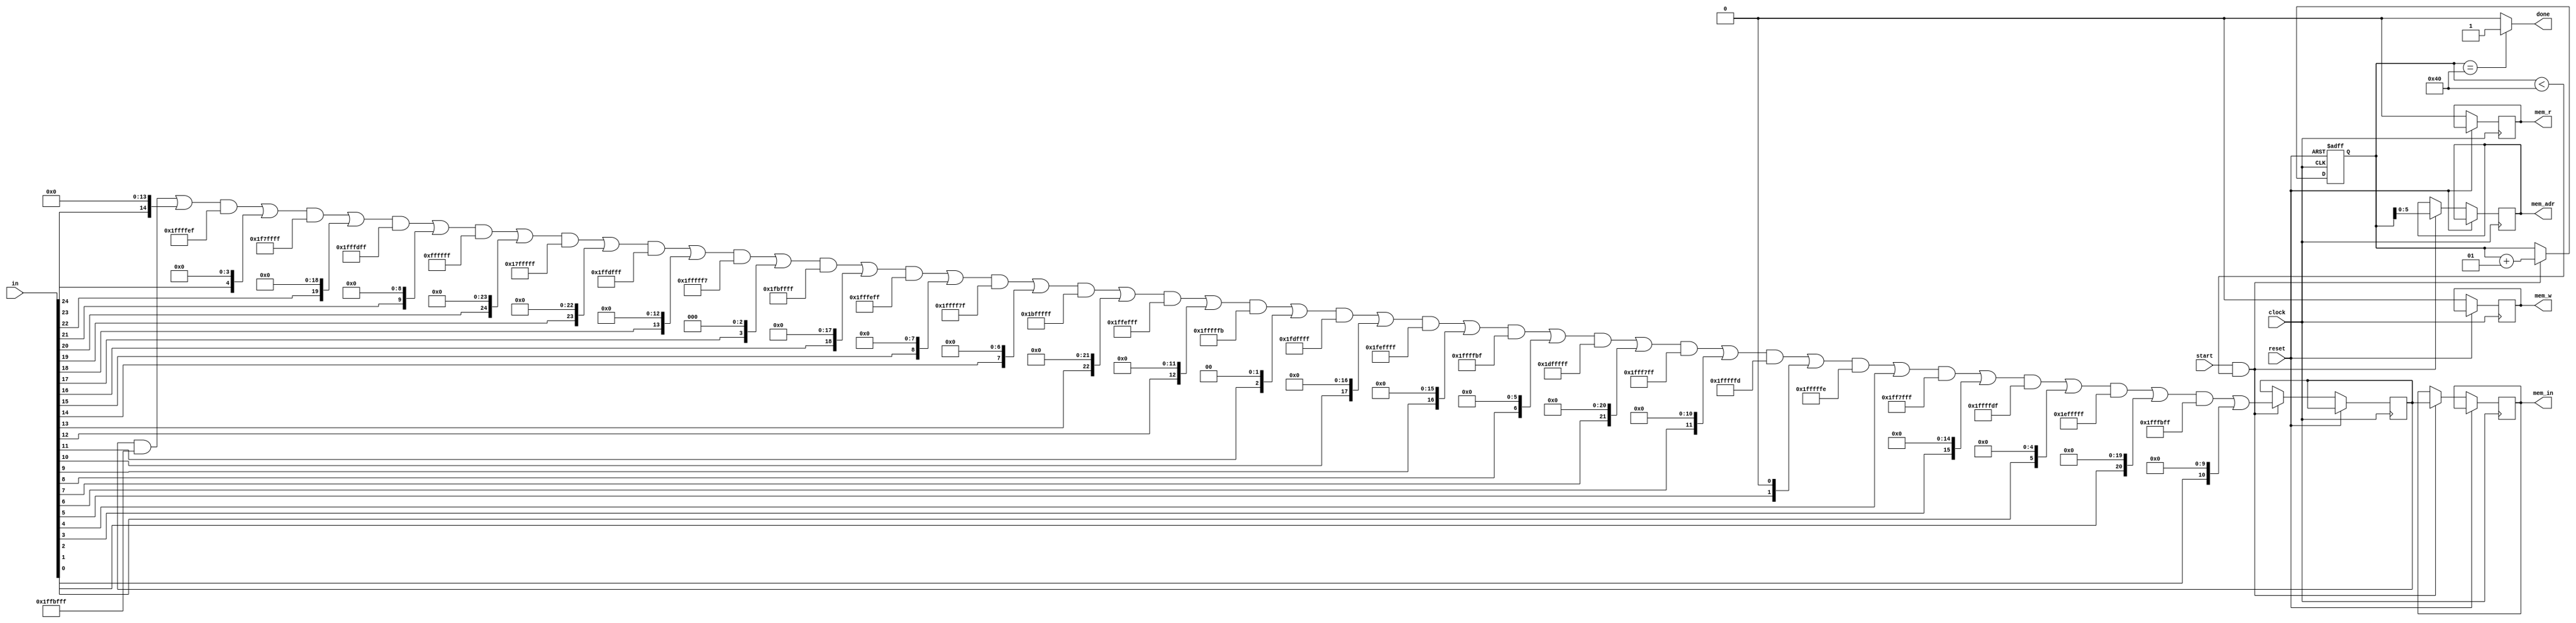
module Permute 
(
    input [0:24] in,
    input start,
    input clock,
    input reset,
    output reg done,
    output reg [5:0] mem_adr,
    output reg [0:24] mem_in,
    output reg mem_r,
    output reg mem_w
);

integer i, x, y, final_index, slice = 0;

reg [0:24] in_temp;

always @(posedge clock, posedge reset) begin
    if (reset) begin
        slice = 0;
    end
    else if (start && slice < 64) begin
        mem_r = 1;
        mem_adr = slice;
        mem_w = 0;

        for (i = 0 ; i < 25 ; i = i + 1) begin 
            x = ((i % 5) + 3) % 5;
            y = ((i / 5) + 3) % 5;
            final_index = ((y + 2) % 5) + ((((((2 * x) + (3 * y)) % 5) + 2) % 5 ) * 5);
            #1;
            in_temp[final_index] <= in[i];
        end
        #5
        mem_r = 0;
        mem_w = 1;
        #1
        mem_in = in_temp;
        #5
        slice = slice + 1;
        #1
        mem_r = 0;
        mem_w = 0;
    end
    else begin
        mem_r = 0;
        mem_w = 0;
    end
end

assign done = (slice == 64) ? 1 : 0;
endmodule